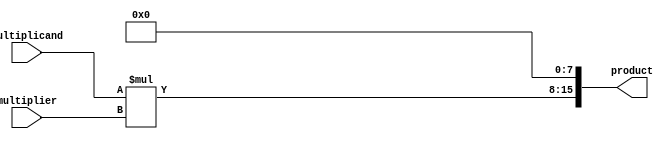
module unsigned_multiplier (
    input [7:0] multiplicand,
    input [7:0] multiplier,
    output reg [15:0] product
);

reg [7:0] partial_product;
reg [3:0] shift_count;

initial begin
    product = 16'b0;
    partial_product = 8'b0;
    shift_count = 4'b0;
end

always @* begin
    partial_product = multiplicand * multiplier;
    product = {partial_product, 8'b0};
end

endmodule